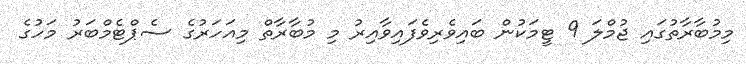
މިމުބާރާތުގައި ޖުމްލަ 9 ޓީމަކުން ބައިވެރިވެފައިވާއިރު މި މުބާރާތް މިއަހަރުގެ ސެޕްޓެމްބަރު މަހުގެ